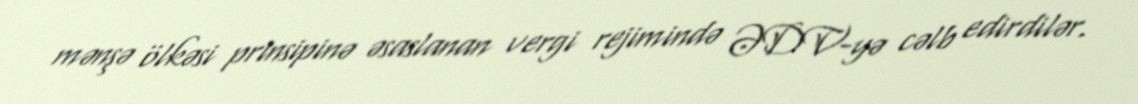
mənşə ölkəsi prinsipinə əsaslanan vergi rejimində ƏDV-yə cəlb edirdilər.